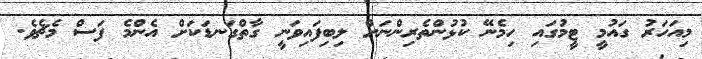
މިއަހަރު ގައުމީ ޓީމުގައި ހިމެނޭ ކުޅުންތެރިންނަށް ލިބިފައިވަނީ ގާތްގަނޑަކަށް އެންމެ ފަސް މެޗެވެ.